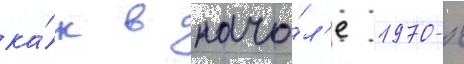
ка́к в нача́л'е 1970-х